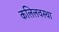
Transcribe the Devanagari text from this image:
कलिलवस्था